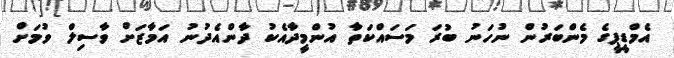
އެމްޑީޕީގެ މެންބަރުން ނުހަނު ބުރަ މަސައްކަތާ އުންމީދާއެކު ދާންއެދުނު އަމާޒަށް ވާސިލް ވުމަށް